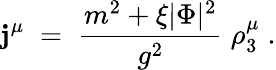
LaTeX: \mathbf{j}^{\mu}\; =\; \frac{{m^{2}+\xi|\Phi|^{2}}}{{g^{2}}}\; \rho_{3}^{\mu}\; .